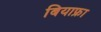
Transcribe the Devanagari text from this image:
बियाफ्रा